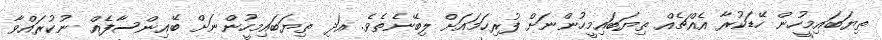
ތިޔަބައިމީހުން ހޭޑަކުރާ އެއްޗެއް ތިޔަބައިމީހުންނަށް ފުރިހަމައަށް ލިބޭނެތެވެ. އަދި ތިޔަބައިމީހުންނަށް ބޭއިންސާފެއް ނުކުރައްވާ